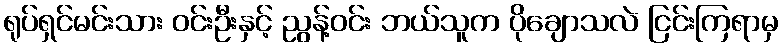
ရုပ်ရှင်မင်းသား ဝင်းဦးနှင့် ညွန့်ဝင်း ဘယ်သူက ပိုချောသလဲ ငြင်းကြရာမှ